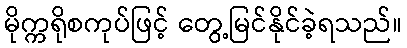
မိုက္ကရိုစကုပ်ဖြင့် တွေ့မြင်နိုင်ခဲ့ရသည်။